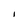
Character: l